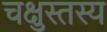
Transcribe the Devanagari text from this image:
चक्षुस्तस्य